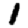
Digit: 1